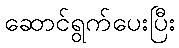
ဆောင်ရွက်ပေးပြီး